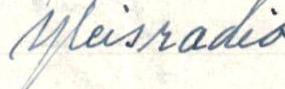
Yleisradio